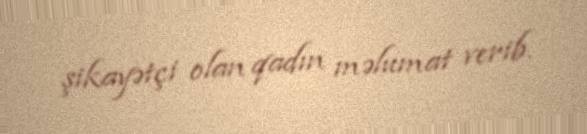
şikayətçi olan qadın məlumat verib.